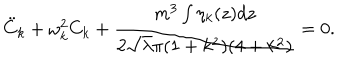
{ \ddot { C } } _ { k } + \omega _ { k } ^ { 2 } C _ { k } + \frac { m ^ { 3 } \int \eta _ { k } ( z ) d z } { 2 { \sqrt \lambda } \pi ( 1 + k ^ { 2 } ) ( 4 + k ^ { 2 } ) } = 0 .